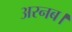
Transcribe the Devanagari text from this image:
अरनब।